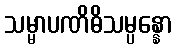
သမ္မာပဏိဓိသမ္ပန္နော